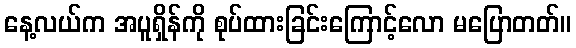
နေ့လယ်က အပူရှိန်ကို စုပ်ထားခြင်းကြောင့်လော မပြောတတ်။